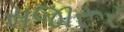
સજારૂર